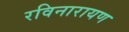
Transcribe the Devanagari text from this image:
रविनारायण